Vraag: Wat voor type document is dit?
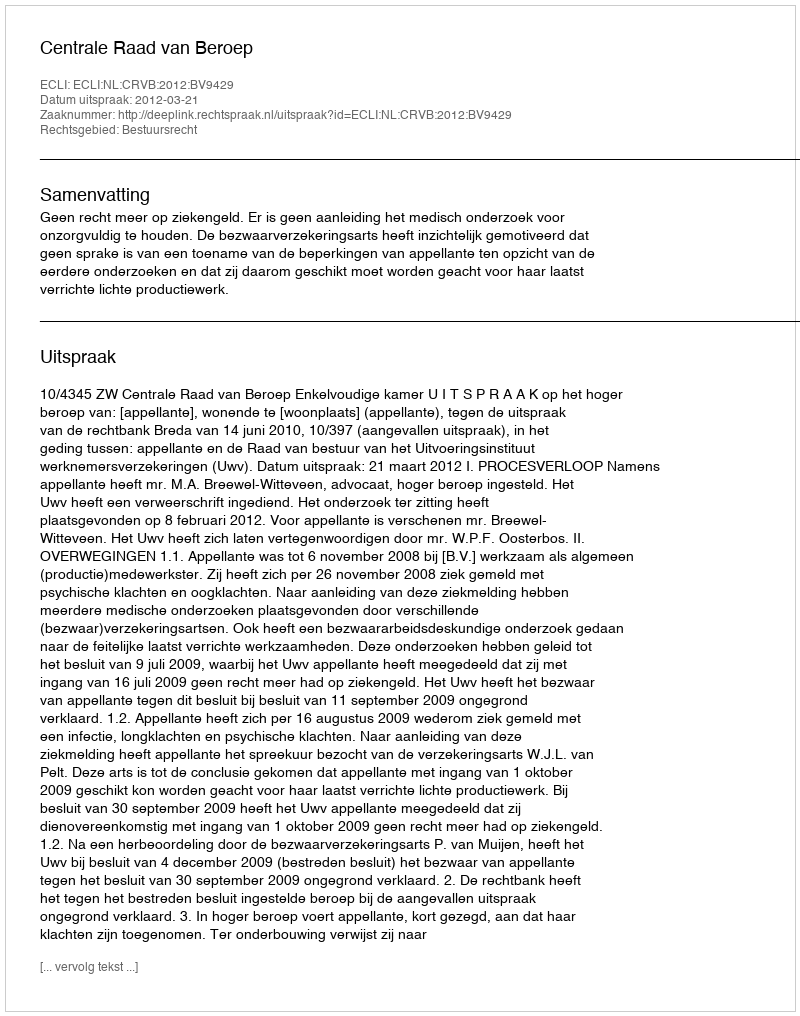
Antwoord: Uitspraak